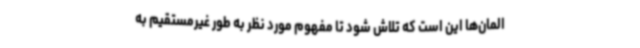
المان‌ها این است که تلاش شود تا مفهوم مورد نظر به طور غیرمستقیم به